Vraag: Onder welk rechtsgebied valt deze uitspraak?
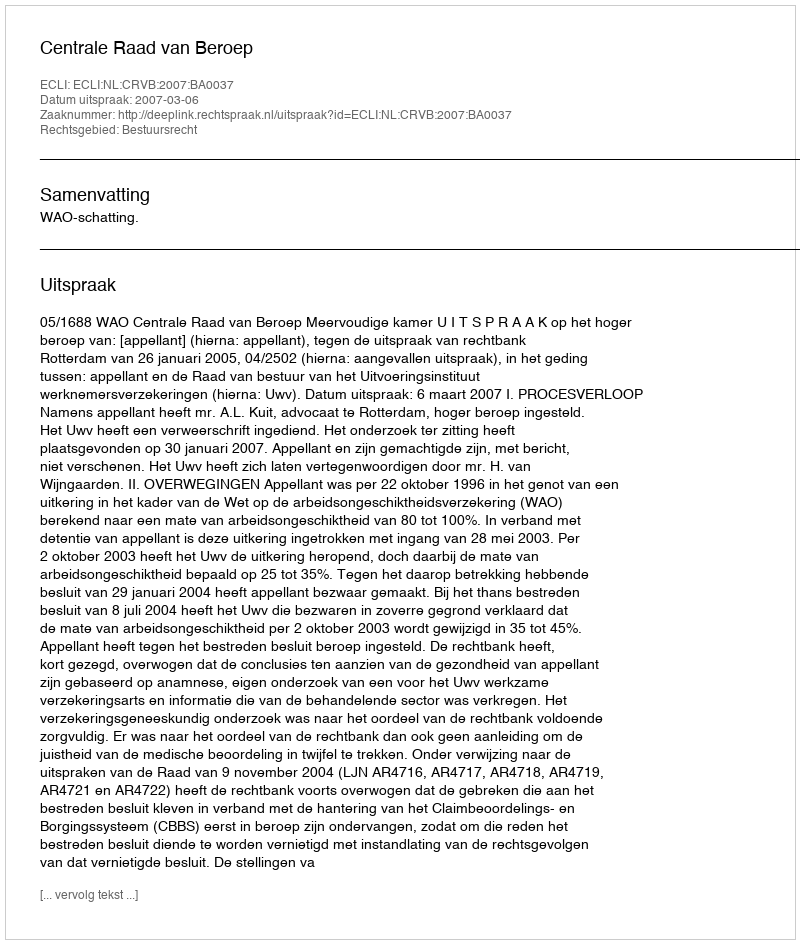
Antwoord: Bestuursrecht